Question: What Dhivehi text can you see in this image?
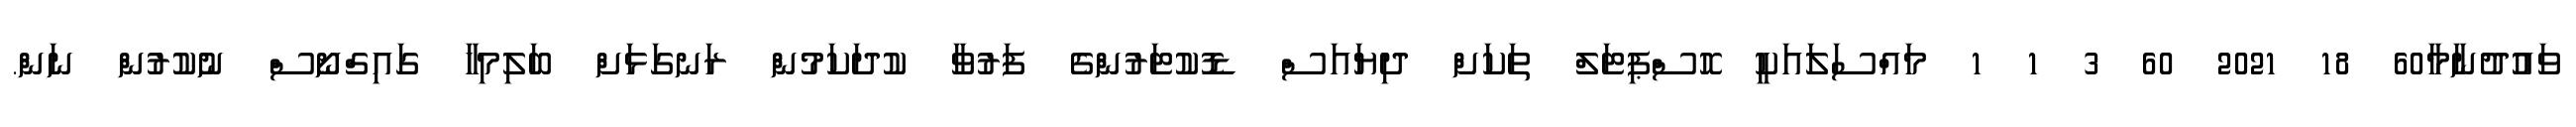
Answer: ވައުުދުނާމާ60 18 2021 60 3 1 1 މައްސަލައަކީ ހޮސްޕިޓަލް ތަކަށް ދިޔައަސް ޑޮކުޓަރުންގެ ފަރުވާ ކުދަކަމުން ރަނގަޅަށް ބަލިމިހާ ގައިގްނޯސް ނުކުރުން ނަން.